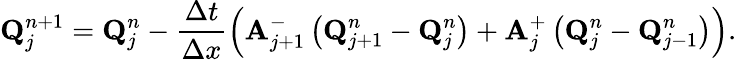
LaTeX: \mathbf{Q}_{j}^{n+1}=\mathbf{Q}_{j}^{n}-\frac{\Delta t}{\Delta x}\left(\mathbf{A}_{j+1}^{-}\left(\mathbf{Q}_{j+1}^{n}-\mathbf{Q}_{j}^{n}\right)+\mathbf{A}_{j}^{+}\left(\mathbf{Q}_{j}^{n}-\mathbf{Q}_{j-1}^{n}\right)\right).